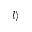
\left| l \right\rangle